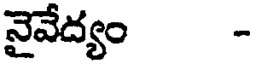
నైవేద్యం -